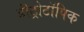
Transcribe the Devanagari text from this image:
हीट्रोटॉपिक